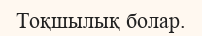
Тоқшылық болар.